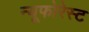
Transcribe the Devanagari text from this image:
न्यूफोरेस्ट